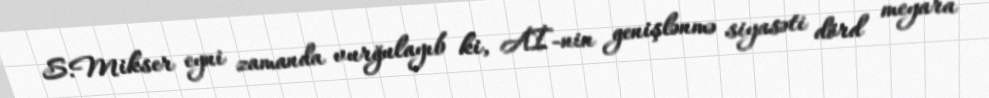
S.Mikser eyni zamanda vurğulayıb ki, Aİ-nin genişlənmə siyasəti dörd meyara